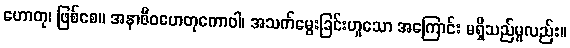
ဟောတု၊ ဖြစ်စေ။ အနာဇီဝဟေတုကောဝါ၊ အသက်မွေးခြင်းဟူသော အကြောင်း မရှိသည်မူလည်း။